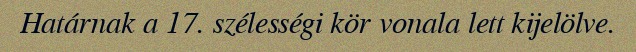
Határnak a 17. szélességi kör vonala lett kijelölve.